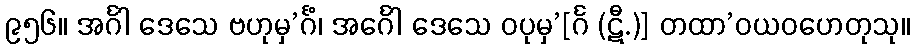
၉၅၆။ အင်္ဂါ ဒေသေ ဗဟုမှ’င်္ဂံ၊ အင်္ဂေါ ဒေသေ ဝပုမှ’[င်္ဂ (ဋီ.)] တထာ’ဝယဝဟေတုသု။